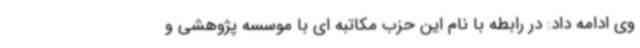
وی ادامه داد: در رابطه با نام این حزب مکاتبه ای با موسسه پژوهشی و